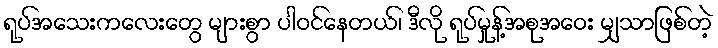
ရုပ်အသေးကလေးတွေ များစွာ ပါဝင်နေတယ်၊ ဒီလို ရုပ်မှုန့်အစုအဝေး မျှသာဖြစ်တဲ့